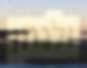
ולנתן